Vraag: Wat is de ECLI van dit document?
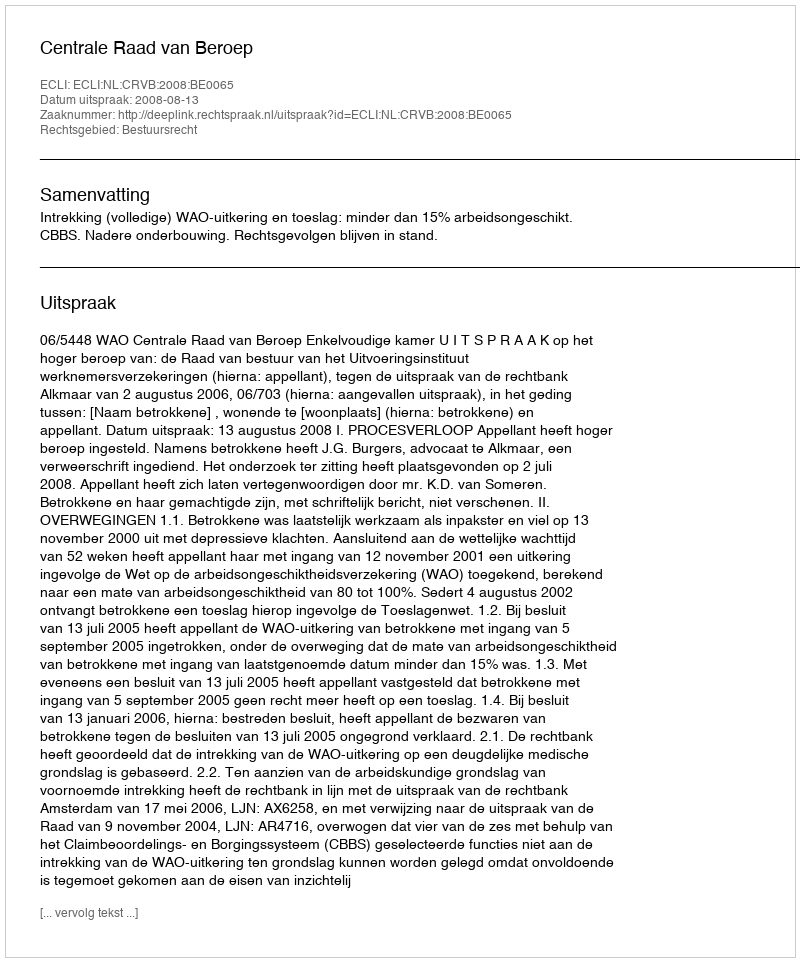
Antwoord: ECLI:NL:CRVB:2008:BE0065